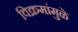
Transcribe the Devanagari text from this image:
विक्रमांमुळे